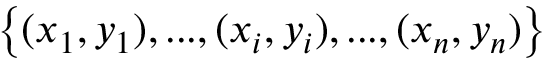
\left\{ ( x _ { 1 } , y _ { 1 } ) , . . . , ( x _ { i } , y _ { i } ) , . . . , ( x _ { n } , y _ { n } ) \right\}